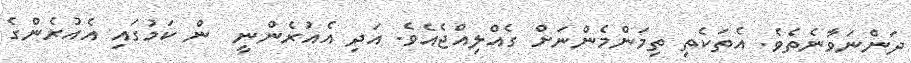
ދަންނަވާނެތެވެ. އެތަކެތި ތިމަންމެންނަށް ގެއްލިއްޖެއެވެ. އަދި އެއުރެންނީ  ން ކަމުގައި އެއުރެންގެ